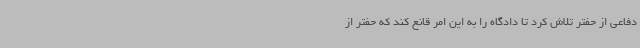
دفاعی از حفتر تلاش کرد تا دادگاه را به این امر قانع کند که حفتر از